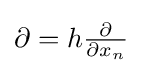
\partial =h{\tfrac {\partial }{\partial x_{n}}}